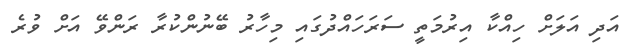
އަދި އަލަށް ހިއްކާ އިރުމަތީ ސަރަހައްދުގައި މިހާރު ބޭނުންކުރާ ރަންވޭ އަށް ވުރެ